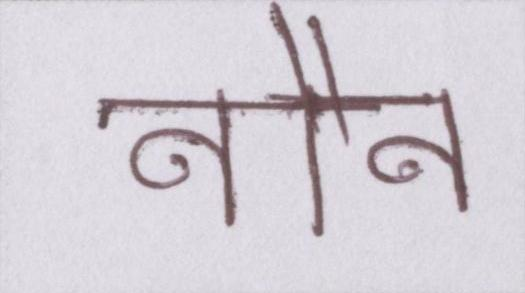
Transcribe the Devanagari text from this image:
नौन